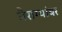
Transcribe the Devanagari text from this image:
वैराग्यांबर